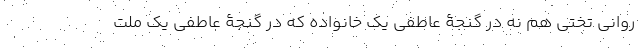
روانی تختی هم نه در گنجۀ عاطفی یک خانواده که در گنجۀ عاطفی یک ملت